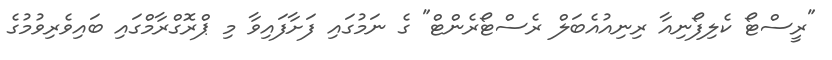
"ރީސްޓޯ ކެލިފޯނިއާ ރިނިއުއެބަލް ރެސްޓޯރެންޓް" ގެ ނަމުގައި ފަށާފައިވާ މި ޕްރޮގްރާމްގައި ބައިވެރިވުމުގެ